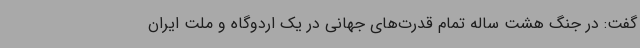
گفت: در جنگ هشت ساله تمام قدرت‌های جهانی در یک اردوگاه و ملت ایران